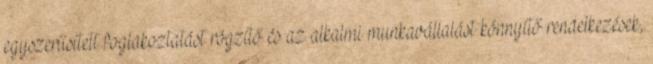
egyszerűsített foglakoztatást rögzítő és az alkalmi munkavállalást könnyítő rendelkezések,